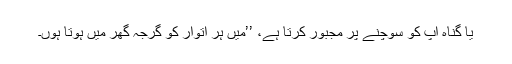
یا گناہ آپ کو سوچنے پر مجبور کرتا ہے، ’’میں ہر اِتوار کو گرجہ گھر میں ہوتا ہوں۔